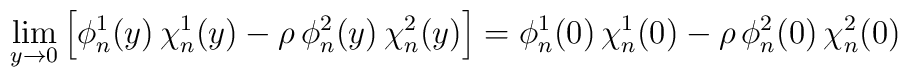
\lim_{y\to0}\left[\phi^1_n(y)\,\chi^1_n(y)-\rho\,\phi^2_n(y)\,\chi^2_n(y)\right]=\phi^1_n(0)\,\chi^1_n(0)-\rho\,\phi^2_n(0)\,\chi^2_n(0)